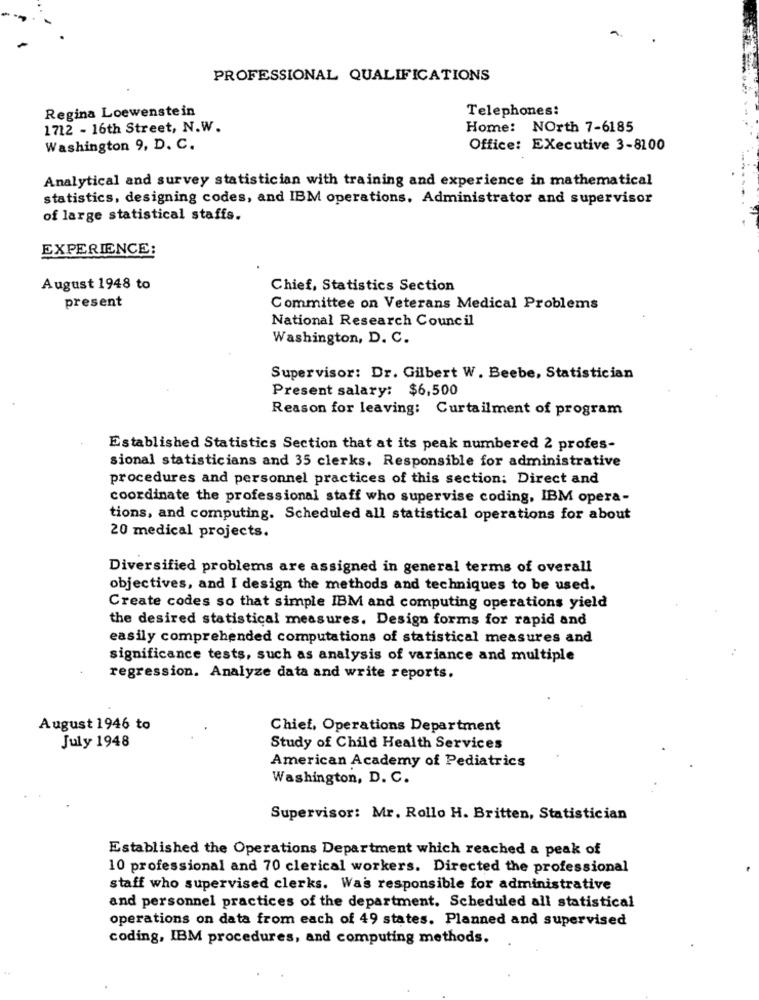
PROFESSIONAL QUALIFICATIONS
Regina Loewenstein
Telephones:
1712 - 16th Street, N.W.
Home: NOrth 7-6185
Washington 9, D. C.
Office: Executive 3-8100
Analytical and survey statistician with training and experience in mathematical
statistics, designing codes, and IBM operations, Administrator and supervisor
of large statistical staffs.
EXPERIENCE:
August 1948 to
Chief, Statistics Section
present
Committee on Veterans Medical Problems
National Research Council
Washington, D. C.
Supervisor: Dr. Gilbert W. Beebe, Statistician
Present salary: $6,500
Reason for leaving: Curtailment of program
Established Statistics Section that at its peak numbered 2 profes-
sional statisticians and 35 clerks. Responsible for administrative
procedures and personnel practices of this section: Direct and
coordinate the professional staff who supervise coding, IBM opera-
tions, and computing. Scheduled all statistical operations for about
20 medical projects.
Diversified problems are assigned in general terms of overall
objectives, and I design the methods and techniques to be used.
Create codes so that simple IBM and computing operations yield
the desired statistical measures. Design forms for rapid and
easily comprehended computations of statistical measures and
significance tests, such as analysis of variance and multiple
regression. Analyze data and write reports.
August 1946 to
Chief, Operations Department
July 1948
Study of Child Health Services
American Academy of Pediatrics
Washington, D. C.
Supervisor: Mr. Rollo H. Britten, Statistician
Established the Operations Department which reached a peak of
10 professional and 70 clerical workers. Directed the professional
staff who supervised clerks. Was responsible for administrative
and personnel practices of the department. Scheduled all statistical
operations on data from each of 49 states. Planned and supervised
coding, IBM procedures, and computing methods.